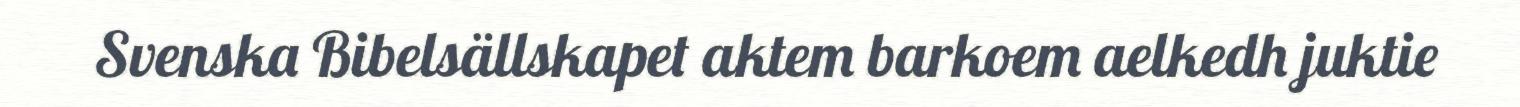
Svenska Bibelsällskapet aktem barkoem aelkedh juktie